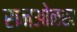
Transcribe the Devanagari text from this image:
रानओळख